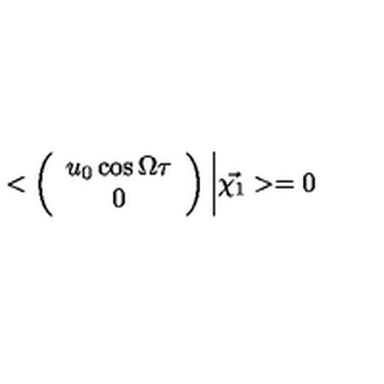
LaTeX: < \left( \begin{array} { c } { u _ { 0 } \cos \Omega \tau } \\ { 0 } \\ \end{array} \right) \bigg | \vec { \chi _ { 1 } } > = 0